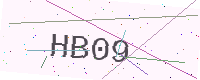
Text: HB09